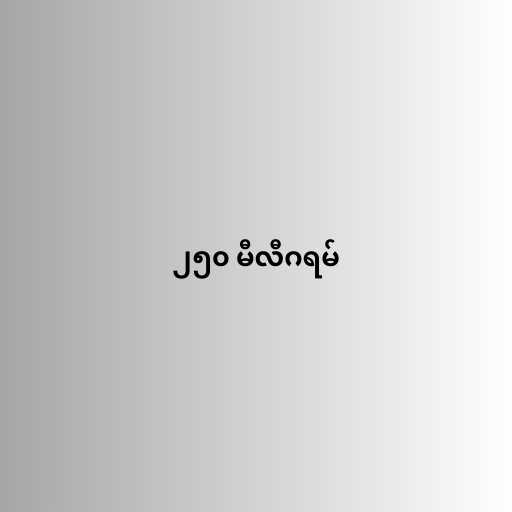
၂၅၀ မီလီဂရမ်